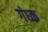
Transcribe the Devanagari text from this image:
गंध्क